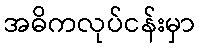
အဓိကလုပ်ငန်းမှာ